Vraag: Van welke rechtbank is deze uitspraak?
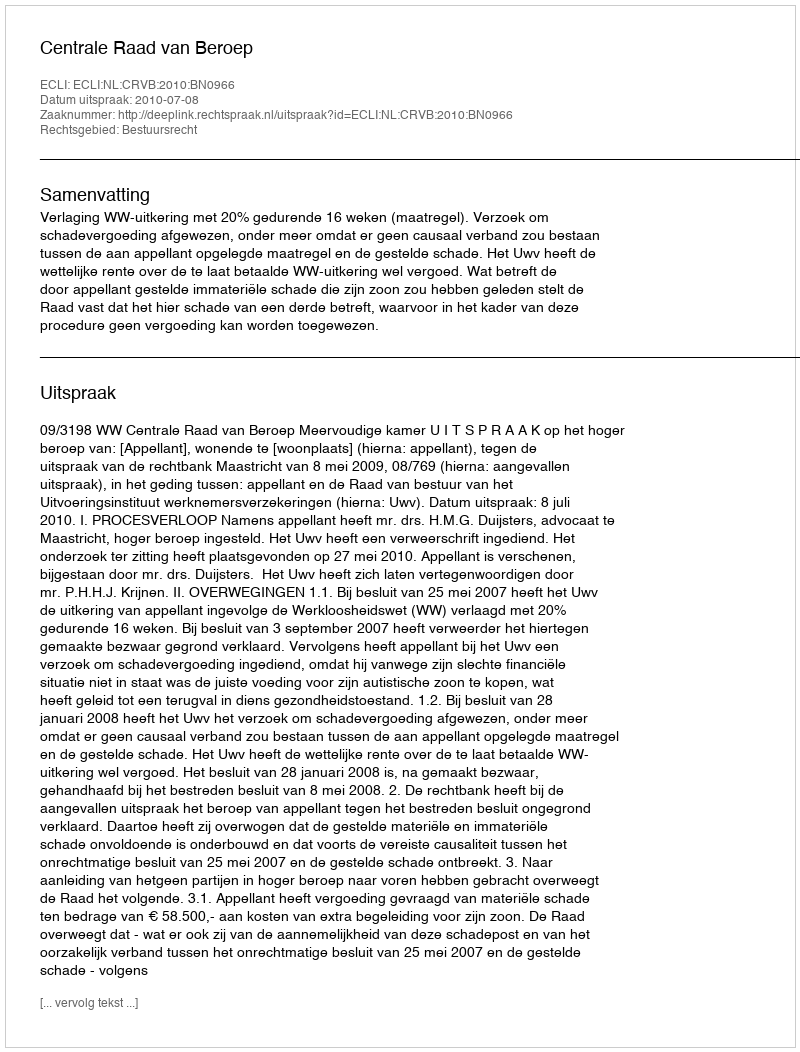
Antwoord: Centrale Raad van Beroep